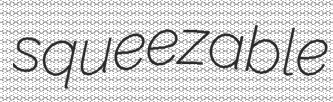
squeezable